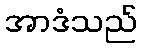
အာဒံသည်